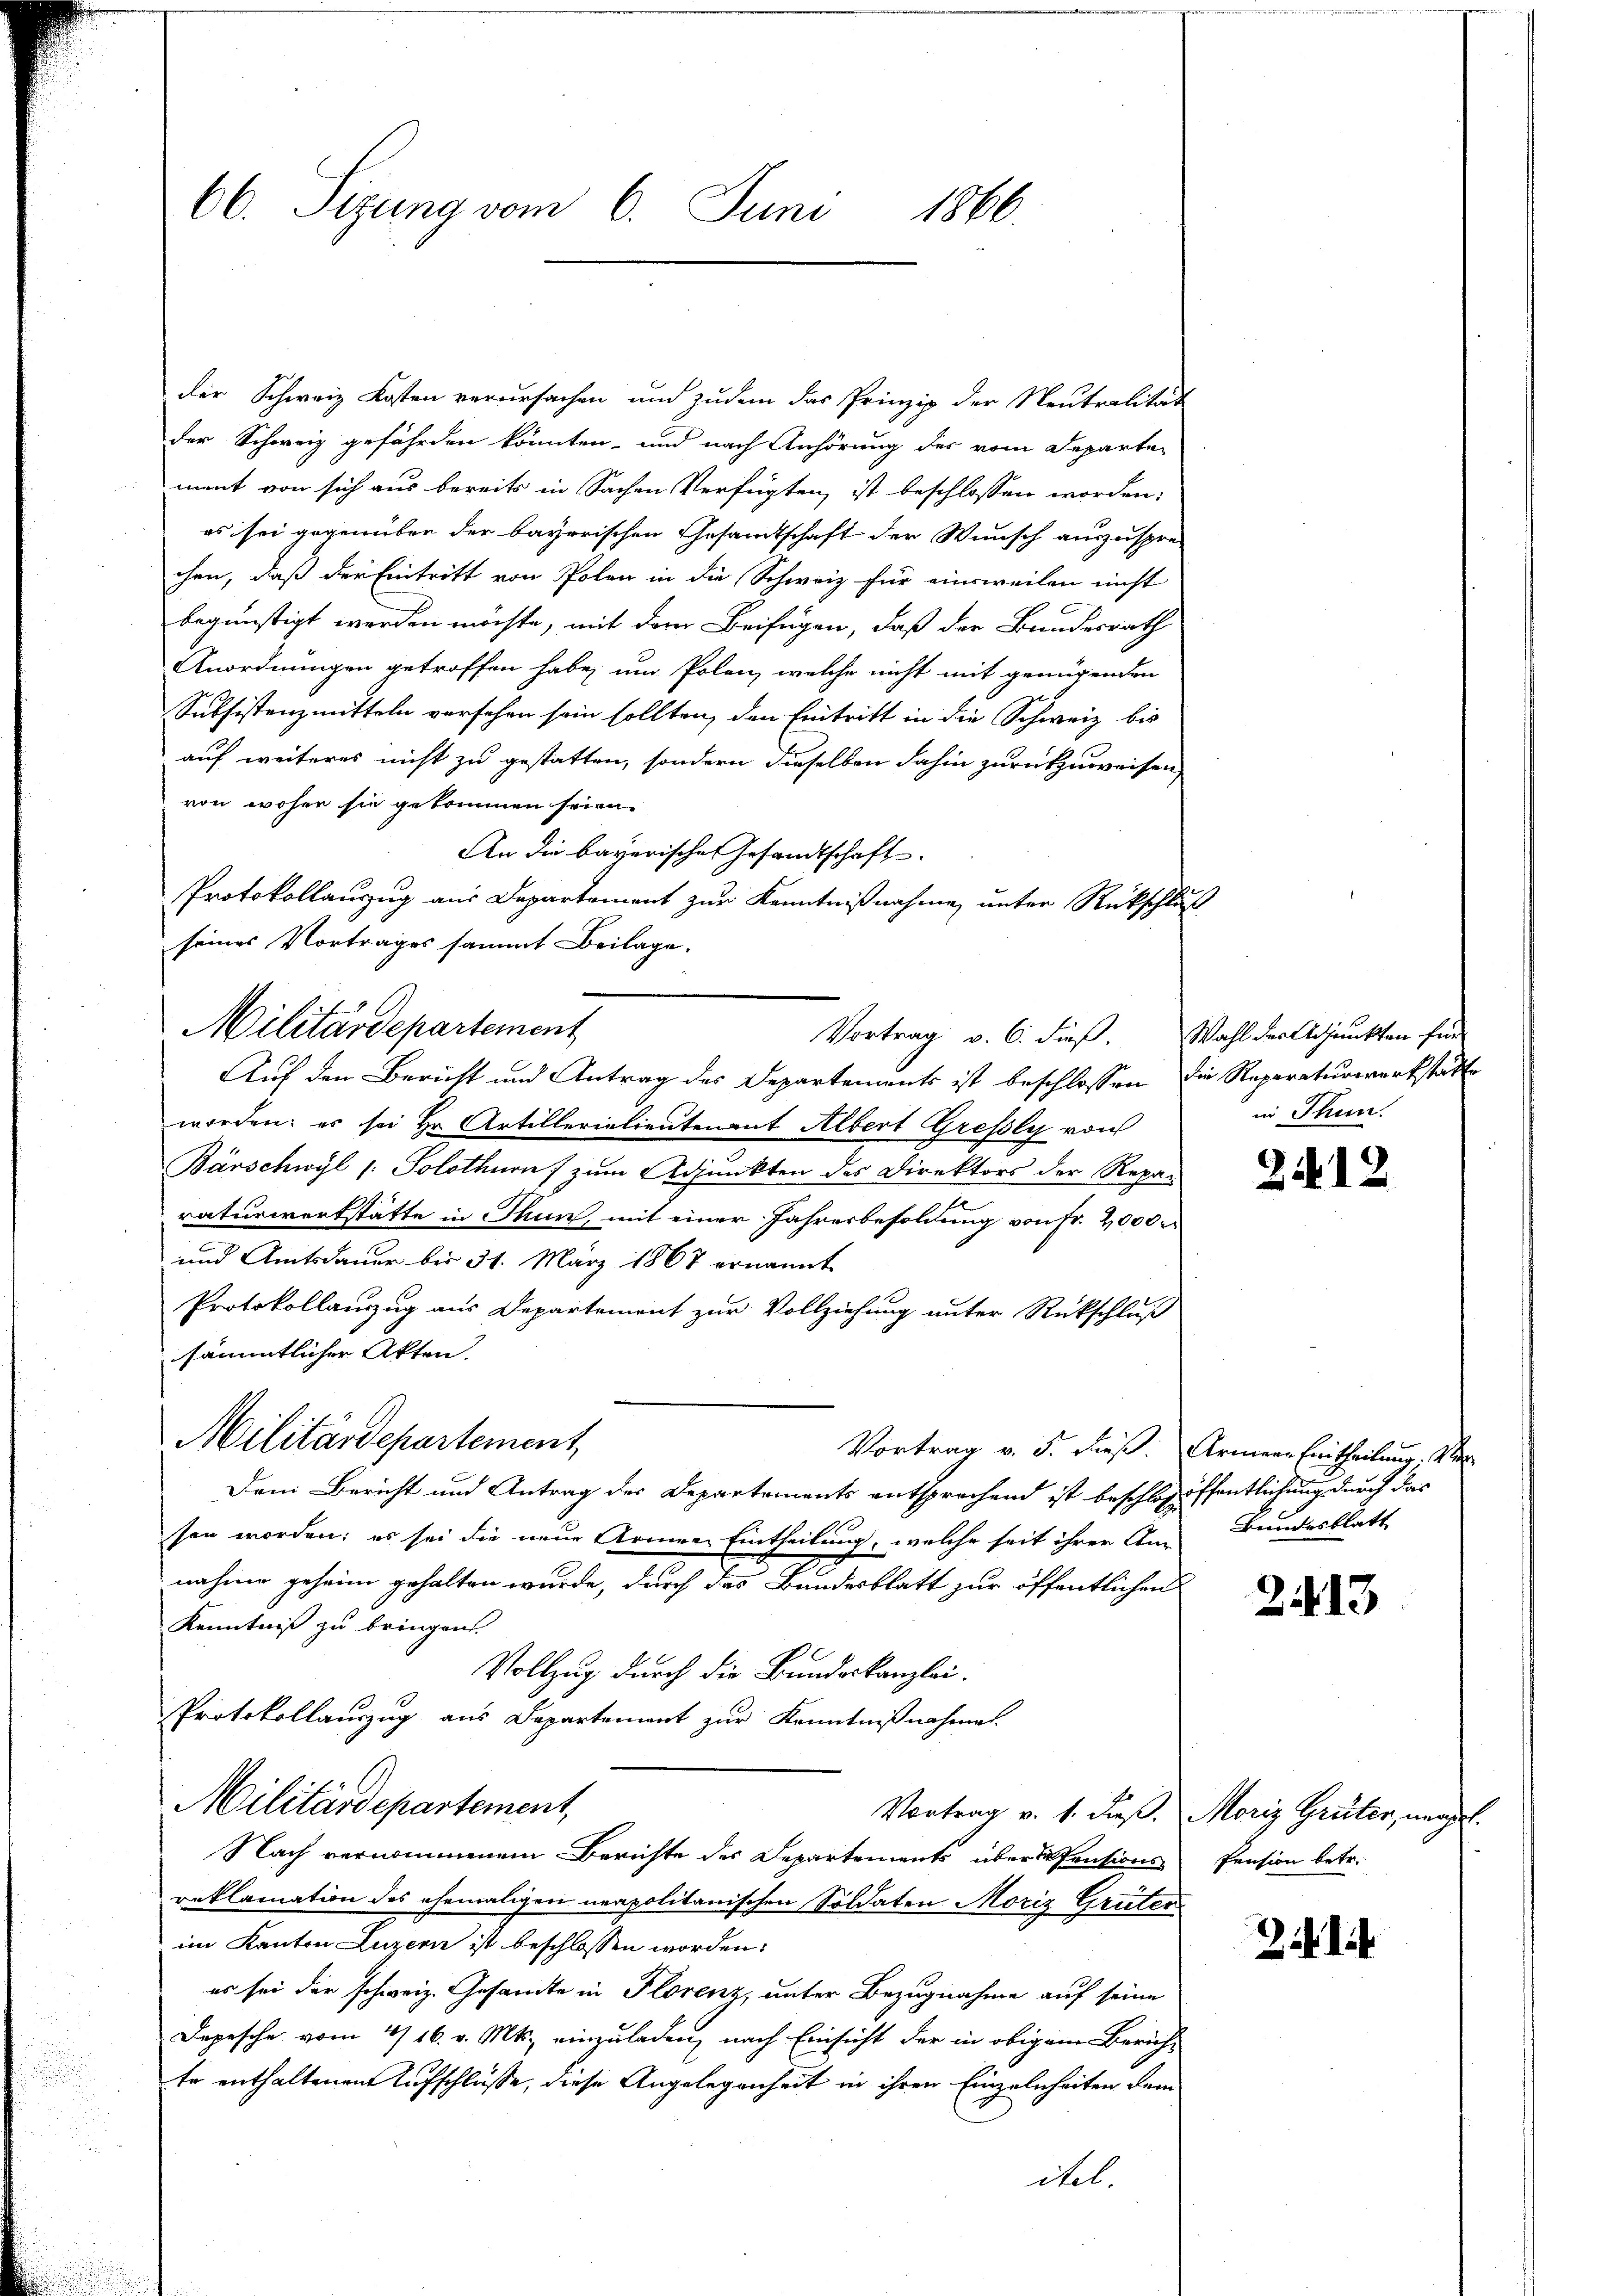
66. Sizung vom 6. Juni 1866.

der Schweiz Kosten verursachen und zudem das Prinzip der Neutralität
der Schweiz gefährden könnten und nach Anhörung des vom Departement von sich aus bereits in Sachen Verfügten, ist beschlossen worden:
es sei gegenüber der bayerischen Gesamtschaft der Wunsch auszuspre-
chen, daß der Eintritt von Polen in die Schweiz für einsweilen nicht
begünstigt werden möchte, mit dem Beifügen, daß der Bundesrath
Anordnungen getroffen habe, und Polen, welche nicht mit genügenden
Subsistenzmitteln versehen sein sollten, den Eintritt in die Schweiz bis
auf weiteres nicht zu gestatten, sondern dieselben dahin zurückzuweisen,
von woher sie gekommen seien.
An die bayerische Gesandtschaft
Protokollauszug aus Departement zur Kenntnißnahme unter Rückschluß
seines Vortrages sammt Beilage.
Auf den Bericht und Antrag des Departements ist beschlossen die Reparaturwerkstätte
worden; es sei Hr. Artillerialientenant Albert Grefsly von
Barschwyl /: Solothurn) zum Adjunkten des Direktors der Repar
raturwerkstätte in Thun, mit einer Jahresbesoldung von Fr. 2000 r
und Amtsdauer bis 31. März 1867 ernannt
Protokollanzug aus Departement zur Vollziehung unter Rückschluß
sämmtlicher Akten.
Militärdepartement
Vortrag v. 5. dieß: Armene Eintheilung. Ve
Dem Bericht und Antrag der Departements entsprechend ist beschloss offentlichung durch das
sen worden; es sei die neue Armen Eintheilung, welche seit ihrer An
nahme geheim gehalten wurde, durch das Bundesblatt zur öffentlichen
Kenntniß zu bringen.
Vollzug durch die Bundeskanzlei.
Protokollauszug aus Departement zŭr Kenntniβnahmet.
Militärdepartement,
Vortrag v. 1. Fuß. Moriz Grüter, neigel.
Nach vernommenem Berichte des Departements überde Pensions Pension betr.
reklamation des ehemaligen neapolitanischen Soldaten Moriz Grüter
im Kanton Luzern ist beschlossen worden.
es sei der schweiz. Gesandte in Florenz, unter Bezugnahme auf seine
Depesche vom 4/16. v. Mts. einzuladen, nach Einsicht der in obigem Zürich-
te enthaltenen Aufschlüsse, diese Angelegenheit in ihren Einzelnheiten dem
itel.

Militärdepartement
Vortrag v. 6. dieß. Wahl der Adjunkten für

in Thun.

2412

Bundesblatt

2113

2 de